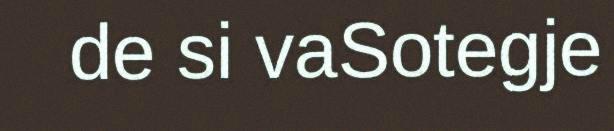
de si vaSotegje